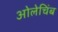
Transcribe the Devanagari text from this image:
ओलेचिंब